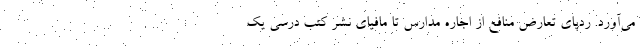
می‌آورد. ردپای تعارض منافع از اجاره مدارس تا مافیای نشر کتب درسی یک